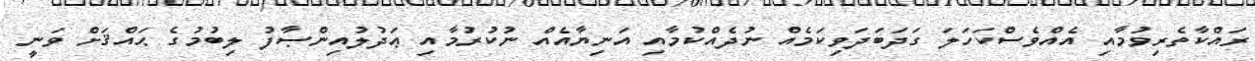
ރައްކާތެރިވުމާއި އެއްވެސްކަހަލަ ގަދަބަދަވިކަމެއް ނުދެއްކުމާއި އަނިޔާއެއް ނުކުރުމާއި ޢަދުލުއިންޞާފު ލިބުމުގެ ޙައްޤަށް ވަނީ